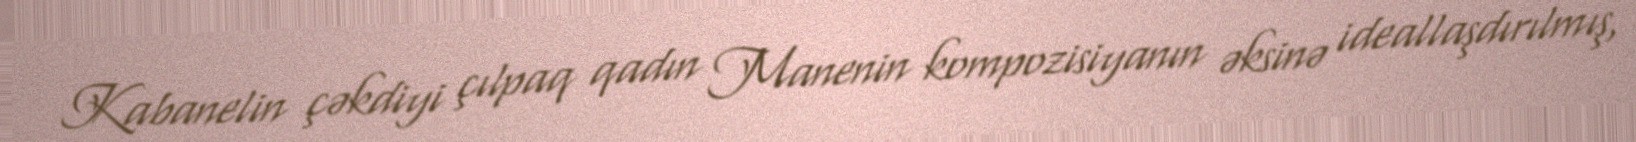
Kabanelin çəkdiyi çılpaq qadın Manenin kompozisiyanın əksinə ideallaşdırılmış,